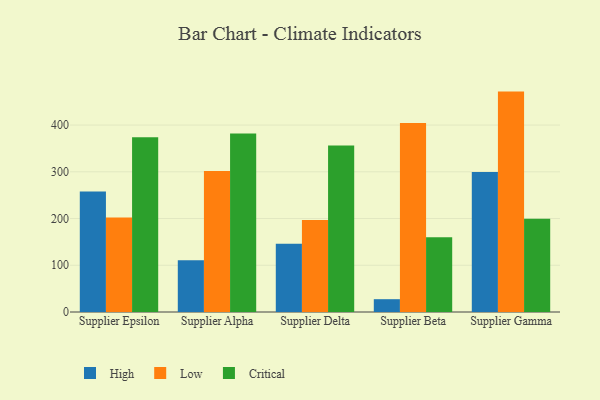
{"axis": {"x": "Supplier", "y": "Net Income (USD K)"}, "legend": ["Critical", "High", "Low"], "data": [{"x": "Supplier Epsilon", "y": 257.6, "type": "High"}, {"x": "Supplier Epsilon", "y": 202.2, "type": "Low"}, {"x": "Supplier Epsilon", "y": 374.0, "type": "Critical"}, {"x": "Supplier Alpha", "y": 110.6, "type": "High"}, {"x": "Supplier Alpha", "y": 301.9, "type": "Low"}, {"x": "Supplier Alpha", "y": 382.2, "type": "Critical"}, {"x": "Supplier Delta", "y": 146.2, "type": "High"}, {"x": "Supplier Delta", "y": 196.6, "type": "Low"}, {"x": "Supplier Delta", "y": 356.1, "type": "Critical"}, {"x": "Supplier Beta", "y": 27.4, "type": "High"}, {"x": "Supplier Beta", "y": 404.4, "type": "Low"}, {"x": "Supplier Beta", "y": 159.9, "type": "Critical"}, {"x": "Supplier Gamma", "y": 299.4, "type": "High"}, {"x": "Supplier Gamma", "y": 471.6, "type": "Low"}, {"x": "Supplier Gamma", "y": 199.3, "type": "Critical"}]}